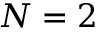
N = 2